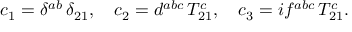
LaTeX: c _ { 1 } = \delta ^ { a b } \, \delta _ { 2 1 } , \quad c _ { 2 } = d ^ { a b c } \, T _ { 2 1 } ^ { c } , \quad c _ { 3 } = i f ^ { a b c } \, T _ { 2 1 } ^ { c } .